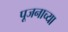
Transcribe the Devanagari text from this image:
पूजनाच्या